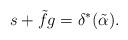
LaTeX: \begin{align*} s + \tilde{f} g = \delta^{\ast} (\tilde{\alpha}).\end{align*}